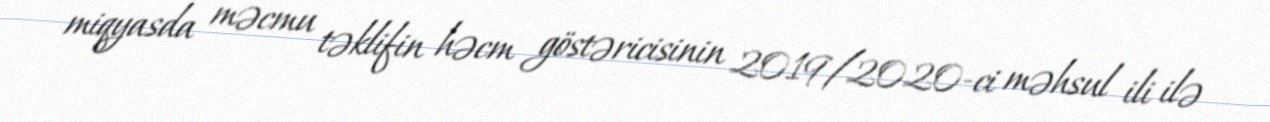
miqyasda məcmu təklifin həcm göstəricisinin 2019/2020-ci məhsul ili ilə